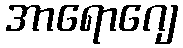
အာရောဂျေ